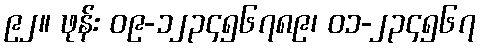
၉၂။ ဖုန်း ၀၉-၁၂၃၄၅၆၇၈၉၊ ၀၁-၂၃၄၅၆၇